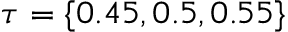
\tau = \{ 0 . 4 5 , 0 . 5 , 0 . 5 5 \}